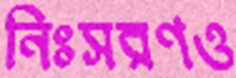
নিঃসরণও